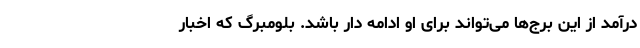
درآمد از این برج‌ها می‌تواند برای او ادامه دار باشد. بلومبرگ که اخبار